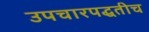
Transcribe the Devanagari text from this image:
उपचारपद्धतीच